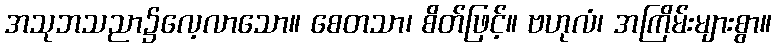
အသုဘသညာ၌လေ့လာသော။ စေတသာ၊ စိတ်ဖြင့်။ ဗဟုလံ၊ အကြိမ်းများစွာ။